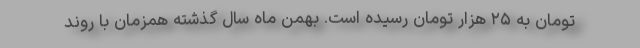
تومان به ۲۵ هزار تومان رسیده است. بهمن ماه سال گذشته همزمان با روند